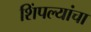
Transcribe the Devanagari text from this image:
शिंपल्यांचा